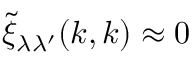
\tilde { \xi } _ { \lambda \lambda ^ { \prime } } ( \boldsymbol { k } , \boldsymbol { k } ) \approx 0